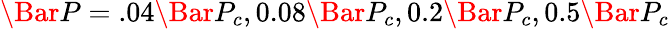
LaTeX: \Bar{P}=.04\Bar{P}_{c},0.08\Bar{P}_{c},0.2\Bar{P}_{c},0.5\Bar{P}_{c}